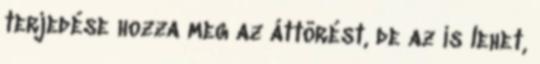
terjedése hozza meg az áttörést, de az is lehet,